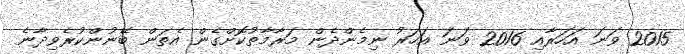
2015 ވަނަ އަހަރާއި 2016 ވަނަ އަހަރު ނިމެންދެން މަރާމާތުކޮށްގެން އެތަން ބޭނުންކުރެވިދާނެ